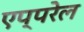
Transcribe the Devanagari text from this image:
एप्परेल